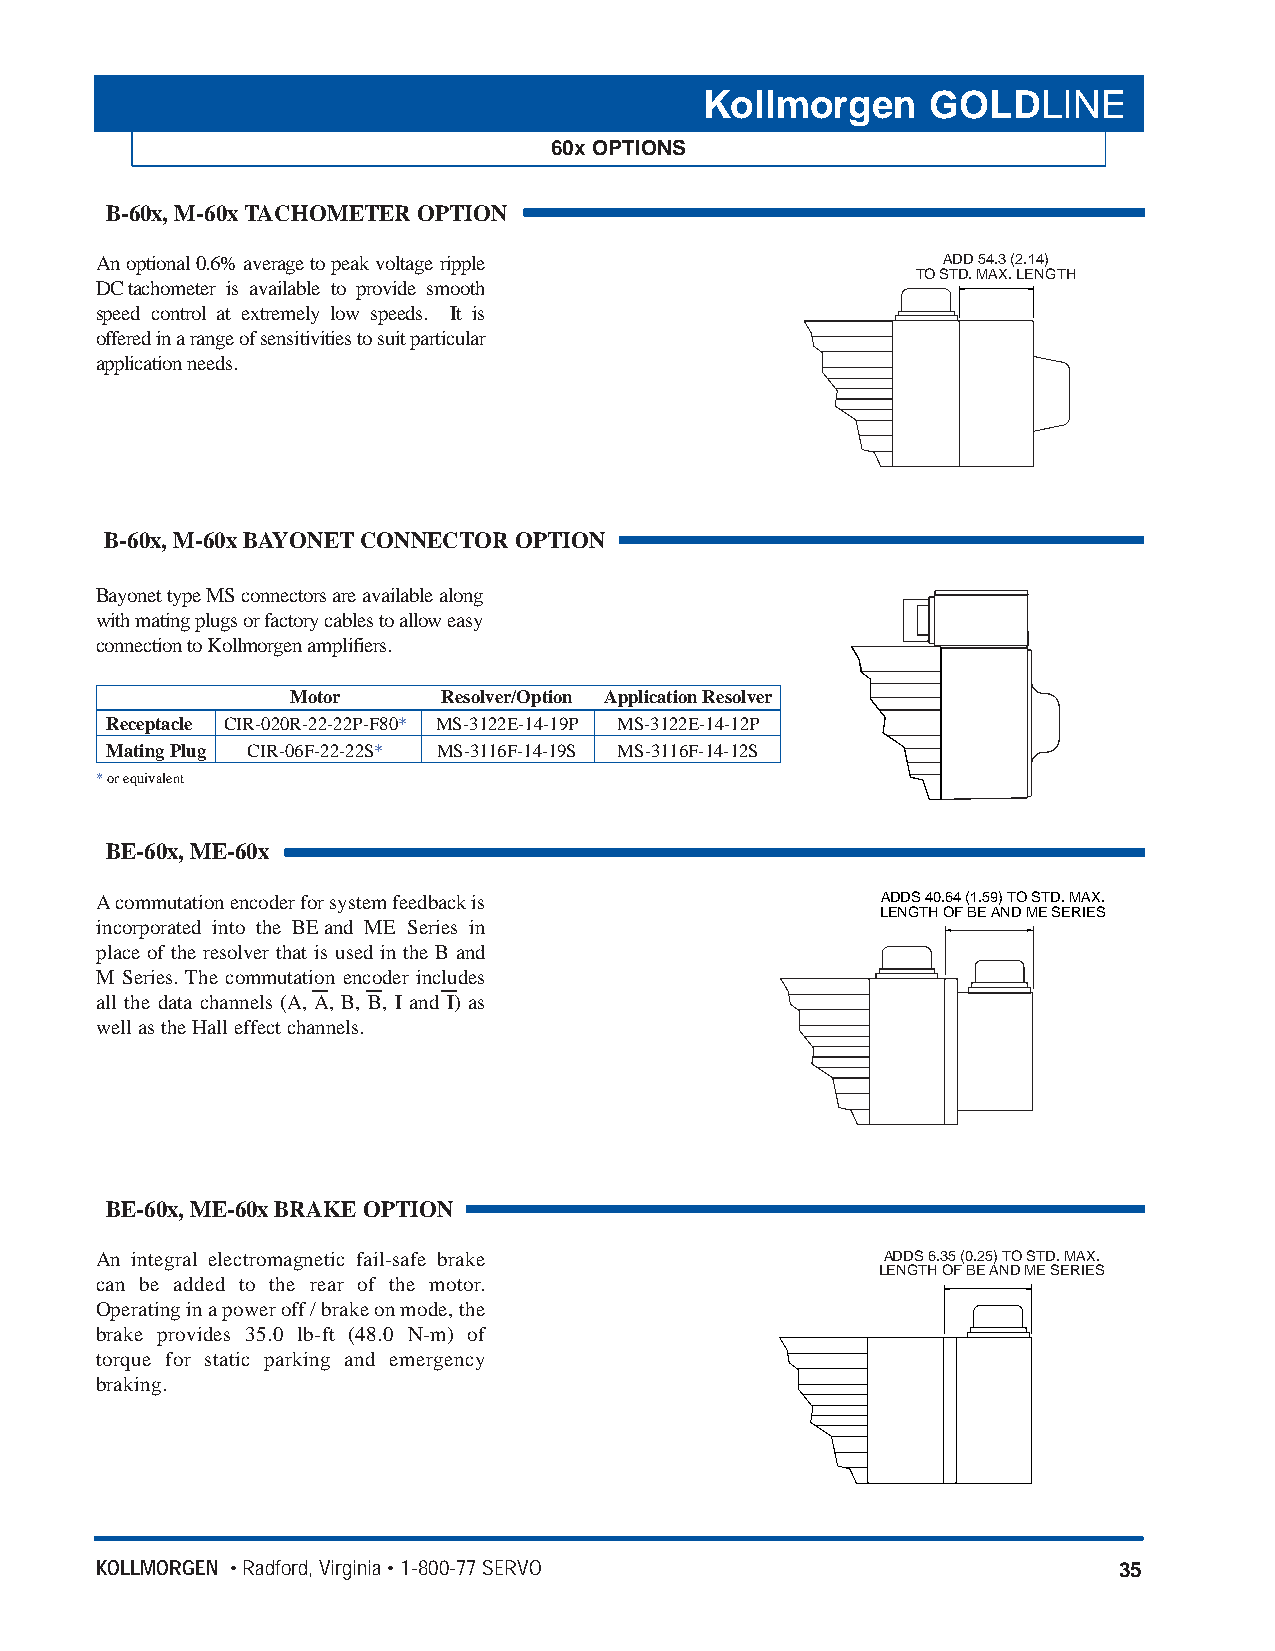
Kollmorgen     GOLDLINE
 60x OPTIONS
 B-60x, M-60x TACHOMETER OPTION
 An optional 0.6% average to peak voltage ripple         ADD 54.3 (2.14)
 TO STD. MAX. LENGTH
 DCtachometer is available to provide smooth
 speed control at extremely low speeds. It is
 offered in a range of sensitivities to suit particular
 application needs.
 B-60x, M-60x BAYONETCONNECTOR OPTION
 Bayonet type MS connectors are available along
 with mating plugs or factory cables to allow easy
 connection to Kollmorgen amplifiers.
 Motor     Resolver/Option Application Resolver
 Receptacle CIR-020R-22-22P-F80* MS-3122E-14-19P MS-3122E-14-12P
 Mating Plug CIR-06F-22-22S* MS-3116F-14-19S MS-3116F-14-12S
 *or equivalent
 BE-60x, ME-60x
 Acommutation encoder for system feedback is         ADDS 40.64 (1.59) TO STD. MAX.
 LENGTH OF BE AND ME SERIES
 incorporated into the BEand ME Series in
 place of the resolver that is used in the B and
 M Series. The commutation encoder includes
 all the data channels (A, A, B, B, I and I) as
 well as the Hall effect channels.
 BE-60x, ME-60xBRAKE OPTION
 An integral electromagnetic fail-safe brake          ADDS 6.35 (0.25) TO STD. MAX.
 LENGTH OF BE AND ME SERIES
 can be added to the rear of the motor.
 Operating in a power off / brake on mode, the
 brake provides 35.0 lb-ft (48.0 N-m) of
 torque for static parking and emergency
 braking.
 KOLLMORGEN • Radford, Virginia • 1-800-77 SERVO                     35